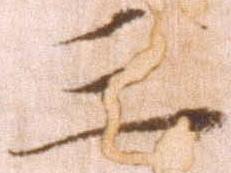
三